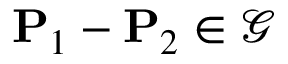
\mathbf { P } _ { 1 } - \mathbf { P } _ { 2 } \in \mathcal { G }